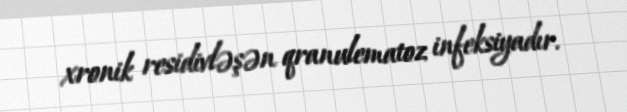
xronik residivləşən qranulematoz infeksiyadır.